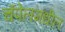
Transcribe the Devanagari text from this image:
चॅपेलमधील